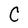
Character: C